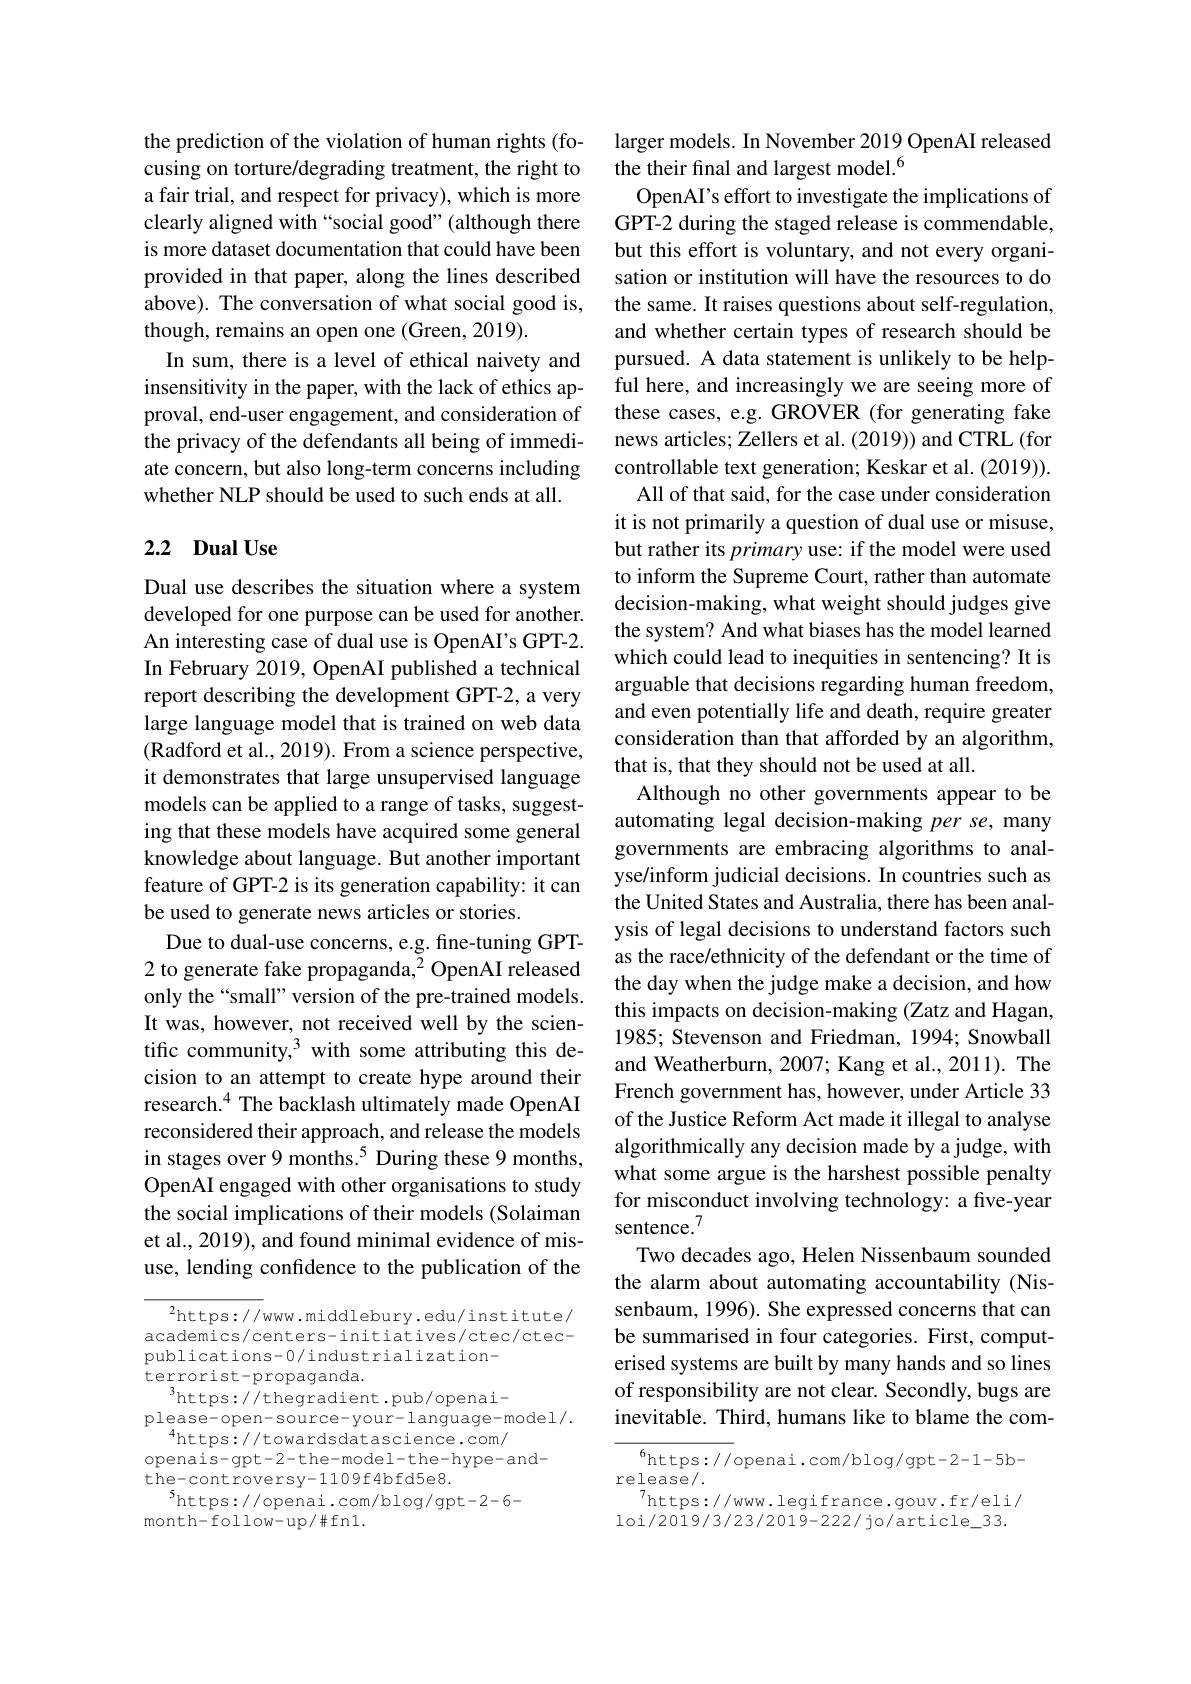
the prediction of the violation of human rights (focusing on torture/degrading treatment, the right to a fair trial, and respect for privacy), which is more clearly aligned with “social good”(although there is more dataset documentation that could have been provided in that paper, along the lines described above). The conversation of what social good is, though, remains an open one (Green, 2019).
In sum, there is a level of ethical naivety and insensitivity in the paper, with the lack of ethics approval, end-user engagement, and consideration of the privacy of the defendants all being of immediate concern, but also long-term concerns including whether NLP should be used to such ends at all.

### 2.2 Dual Use

Dual use describes the situation where a system developed for one purpose can be used for another. An interesting case of dual use is OpenAI's GPT-2. In February 2019, OpenAI published a technical report describing the development GPT-2, a very large language model that is trained on web data (Radford et al., 2019). From a science perspective, it demonstrates that large unsupervised language models can be applied to a range of tasks, suggesting that these models have acquired some general knowledge about language. But another important feature of GPT-2 is its generation capability: it can be used to generate news articles or stories.
Due to dual-use concerns, e.g. fine-tuning GPT- 2 to generate fake propaganda, $^2$ OpenAI released only the “small” version of the pre-trained models. It was, however, not received well by the scientific community,$^{3}$ with some attributing this decision to an attempt to create hype around their research.$^{4}$ The backlash ultimately made OpenAI reconsidered their approach, and release the models in stages over 9 months.$^{5}$ During these 9 months, OpenAI engaged with other organisations to study the social implications of their models (Solaiman et al., 2019), and found minimal evidence of misuse, lending confidence to the publication of the

$^{2}$https://www.middlebury.edu/institute/ academics/centers-initiatives/ctec/ctecpublications-0/industrialization-
terrorist-propaganda.
$^3$https://thegradient.pub/openai-
please-open-source-your-language-model/.
$^{4}$https://towardsdatascience.com/
openais-gpt-2-the-model-the-hype-and-
the-controversy-1109f4bfd5e8.
$$^5$https://openai.com/blog/gpt-2-6-$
$month-follow-up/\#fn1.$

larger models. In November 2019 OpenAI released
the their final and largest model.$^{6}$
OpenAI's effort to investigate the implications of GPT-2 during the staged release is commendable, but this effort is voluntary, and not every organisation or institution will have the resources to do the same. It raises questions about self-regulation, and whether certain types of research should be pursued. A data statement is unlikely to be helpful here, and increasingly we are seeing more of these cases, e.g. GROVER (for generating fake news articles; Zellers et al. (2019)) and CTRL (for controllable text generation; Keskar et al. (2019)). All of that said, for the case under consideration
it is not primarily a question of dual use or misuse, but rather its primary use: if the model were used to inform the Supreme Court, rather than automate decision-making, what weight should judges give the system? And what biases has the model learned which could lead to inequities in sentencing? It is arguable that decisions regarding human freedom, and even potentially life and death, require greater consideration than that afforded by an algorithm, that is, that they should not be used at all.
Although no other governments appear to automating legal decision-making per se, many governments are embracing algorithms to analyse/inform judicial decisions. In countries such as the United States and Australia, there has been analysis of legal decisions to understand factors such as the race/ethnicity of the defendant or the time of the day when the judge make a decision, and how this impacts on decision-making (Zatz and Hagan, 1985; Stevenson and Friedman, 1994; Snowball and Weatherburn, 2007; Kang et al., 2011). The French government has, however, under Article 33 of the Justice Reform Act made it illegal to analyse algorithmically any decision made by a judge, with what some argue is the harshest possible penalty for misconduct involving technology: a five-year sentence.$^{7}$
Two decades ago, Helen Nissenbaum sounded the alarm about automating accountability (Nissenbaum, 1996). She expressed concerns that can be summarised in four categories. First, computerised systems are built by many hands and so lines of responsibility are not clear. Secondly, bugs are inevitable. Third, humans like to blame the com-
$${}^{6}$https://openai.com/blog/gpt-2-1-5b-$

release/.
$^{7}$https://www.legifrance.gouv.fr/eli/ loi/2019/3/23/2019-222/jo/article_33.